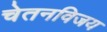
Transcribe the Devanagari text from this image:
चेतनविजय